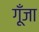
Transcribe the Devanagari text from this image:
गूँजा